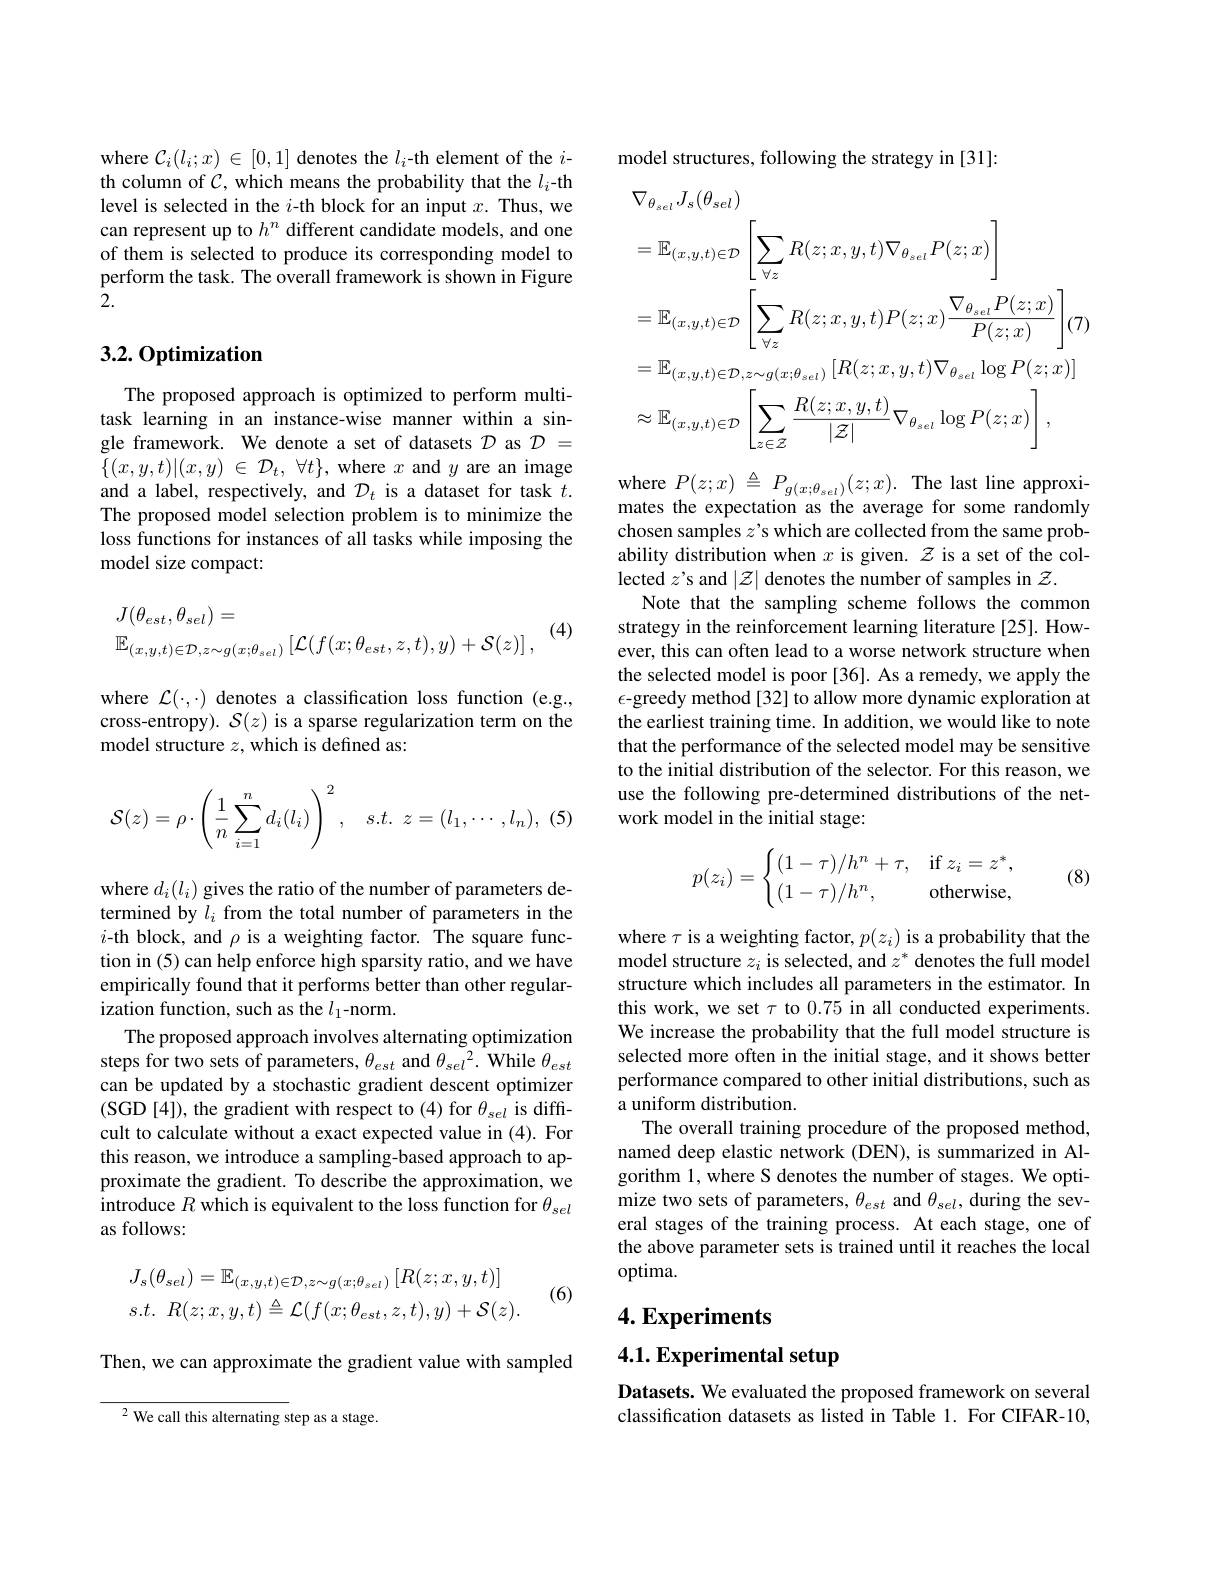
where $\mathcal{C}_i(l_i;x)\in[0,1]$ denotes the $l_i$-th element of the $i$- th column of $\mathcal{C}$, which means the probability that the $l_i$-th level is selected in the $i$-th block for an input $x.$ Thus, we can represent up to $h^n$ different candidate models, and one of them is selected to produce its corresponding model to perform the task. The overall framework is shown in Figure $\bar{2}.$

## 3.2. Optimization

The proposed approach is optimized to perform multitask learning in an instance-wise manner within a single framework. We denote a set of datasets $\mathcal{D}$ as $\mathcal{D}=$ $\{ ( x, y, t) | ( x, y)$ $\in$ $\mathcal{D} _{t}$, $\forall t\} $, where $x$ and $y$ are an image and a label, respectively, and $\mathcal{D}_t$ is a dataset for task $t.$ The proposed model selection problem is to minimize the loss functions for instances of all tasks while imposing the model size compact:

(4)
$$\begin{aligned}&J(\theta_{est},\theta_{sel})=\\&\mathbb{E}_{(x,y,t)\in\mathcal{D},z\sim g(x;\theta_{sel})}\left[\mathcal{L}(f(x;\theta_{est},z,t),y)+\mathcal{S}(z)\right],\end{aligned}$$
where $\mathcal{L}(\cdot,\cdot)$ denotes a classification loss function (e.g., cross-entropy). $\mathcal{S}(z)$ is a sparse regularization term on the model structure $z$, which is defined as:
$$\mathcal{S}(z)=\rho\cdot\left(\dfrac{1}{n}\sum_{i=1}^nd_i(l_i)\right)^2,\quad s.t.\:z=(l_1,\cdots,l_n),$$
where $d_i(l_i)$ gives the ratio of the number of parameters determined by $l_i$ from the total number of parameters in the $i$-th block, and $\rho$ is a weighting factor. The square function in (5) can help enforce high sparsity ratio, and we have empirically found that it performs better than other regularization function, such as the $l_1$-norm.
The proposed approach involves alternating optimization steps for two sets of parameters, $\theta_est$ and $\theta_sel^2.$ While $\theta_est$ can be updated by a stochastic gradient descent optimizer (SGD [4]), the gradient with respect to (4) for $\theta_sel$ is difficult to calculate without a exact expected value in (4). For this reason, we introduce a sampling-based approach to approximate the gradient. To describe the approximation, we introduce $R$ which is equivalent to the loss function for $\theta_{sel}$ as follows:

(6)
$$J_{s}(\theta_{sel})=\mathbb{E}_{(x,y,t)\in\mathcal{D},z\sim g(x;\theta_{sel})}\left[R(z;x,y,t)\right]\\s.t.\:R(z;x,y,t)\triangleq\mathcal{L}(f(x;\theta_{est},z,t),y)+\mathcal{S}(z).$$
Then, we can approximate the gradient value with sampled

$^{2}$ We call this alternating step as

stage.

model structures, following the strategy in [31]:
$$\begin{aligned}&\nabla_{\theta_{sel}}J_{s}(\theta_{sel})\\&=\mathbb{E}_{(x,y,t)\in\mathcal{D}}\left[\sum_{\forall z}R(z;x,y,t)\nabla_{\theta_{sel}}P(z;x)\right]\\&=\mathbb{E}_{(x,y,t)\in\mathcal{D}}\left[\sum_{\forall z}R(z;x,y,t)P(z;x)\frac{\nabla_{\theta_{sel}}P(z;x)}{P(z;x)}\right](7)\\&=\mathbb{E}_{(x,y,t)\in\mathcal{D},z\sim g(x;\theta_{sel})}\left[R(z;x,y,t)\nabla_{\theta_{sel}}\log P(z;x)\right]\\&\approx\mathbb{E}_{(x,y,t)\in\mathcal{D}}\left[\sum_{z\in\mathcal{Z}}\frac{R(z;x,y,t)}{|\mathcal{Z}|}\nabla_{\theta_{sel}}\log P(z;x)\right],\end{aligned}$$
where $P( z; x) \overset {\Delta }{\operatorname* { = } }P_{g( x; \theta _{sel}) }( z; x) .$ The last line approximates the expectation as the average for some randomly chosen samples $z$'s which are collected from the same probability distribution when $x$ is given. $z$ is a set of the collected $z$'s and $|\mathcal{Z}|$ denotes the number of samples in $\mathcal{Z}.$
Note that the sampling scheme follows the common strategy in the reinforcement learning literature [25]. However, this can often lead to a worse network structure when the selected model is poor [36]. As a remedy, we apply the $\epsilon$-greedy method[32] to allow more dynamic exploration at the earliest training time. In addition, we would like to note that the performance of the selected model may be sensitive to the initial distribution of the selector. For this reason, we use the following pre-determined distributions of the network model in the initial stage:
$$p(z_i)=\begin{cases}(1-\tau)/h^n+\tau,&\text{if}z_i=z^*,\\(1-\tau)/h^n,&\text{otherwise},\end{cases}$$
(8)

where $\tau$ is a weighting factor, $p(z_i)$ is a probability that the model structure $z_i$ is selected, and $z^*$ denotes the full model structure which includes all parameters in the estimator. In this work, we set $\tau$ to 0.75 in all conducted experiments. We increase the probability that the full model structure is selected more often in the initial stage, and it shows better performance compared to other initial distributions, such as a uniform distribution.
The overall training procedure of the proposed method, named deep elastic network (DEN), is summarized in Algorithm 1, where S denotes the number of stages. We optimize two sets of parameters, $\theta_{est}$ and $\theta_{sel}$, during the several stages of the training process. At each stage, one of the above parameter sets is trained until it reaches the local optima.

## $4. \textbf{Experiments}$

4.1. Experimental setup

Datasets. We evaluated the proposed framework on several classification datasets as listed in Table 1. For CIFAR-10,